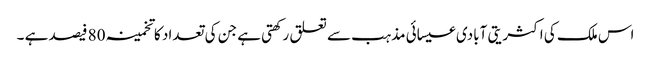
اس ملک کی اکثریتی آبادی عیسائی مذہب سے تعلق رکھتی ہے جن کی تعداد کا تخمینہ 80 فیصد ہے ۔